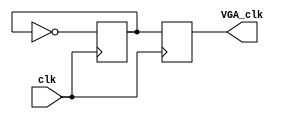
module VGAclk(clk, VGA_clk); // VGA runs at 25MHz, DE2-115 clk runs at 50MHz. This fixes that.

	input clk;
	output reg VGA_clk;
	reg a;

	always @(posedge clk)
	begin
		a <= ~a; 
		VGA_clk <= a;
	end
endmodule